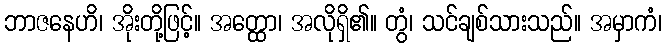
ဘာဇနေဟိ၊ အိုးတို့ဖြင့်။ အတ္ထော၊ အလိုရှိ၏။ တွံ၊ သင်ချစ်သားသည်။ အမှာကံ၊